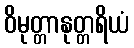
ဝိမုတ္တာနုတ္တရိယံ